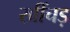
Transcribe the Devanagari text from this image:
खींचड़